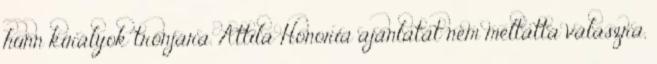
hunn királyok trónjára. Attila Honoria ajánlatát nem méltatta válaszra,